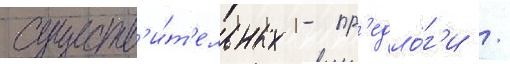
существ'и́т'ельных - пр'едло́г'и /